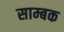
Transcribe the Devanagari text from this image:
साम्बक